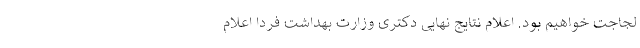
لجاجت خواهيم بود. اعلام نتایج نهایی دکتری وزارت بهداشت فردا اعلام